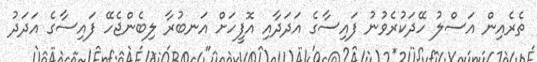
ތެރެއިން އަސްލު ހޭދަކުރެވުނު ފައިސާގެ އަދަދާއި އޮފީހަށް އަނބުރާ ލިބެންޖެހޭ ފައިސާގެ އަދަދު